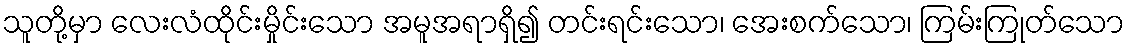
သူတို့မှာ လေးလံထိုင်းမှိုင်းသော အမူအရာရှိ၍ တင်းရင်းသော၊ အေးစက်သော၊ ကြမ်းကြုတ်သော